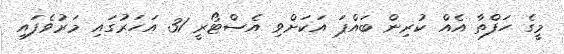
މީގެ ހަފްތާ އެއް ކުރިން ބައްޕަ އަކަށްވި އެސްޓޯރީ 31 އަހަރުގައި މަރުވެފައި